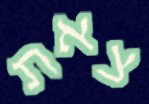
צאת